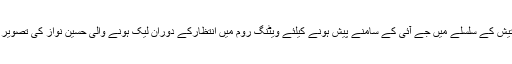
اسلام آباد: 28 مئی کو پاناما کیس کی تفتیش کے سلسلے میں جے آئی کے سامنے پیش ہونے کیلئے ویٹنگ روم میں انتظارکے دوران لیک ہونے والی حسین نواز کی تصویر سے متعلق جے آئی ٹی نے جواب کرلیا۔